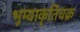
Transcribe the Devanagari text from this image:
भूम्याकृतिचक्र